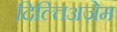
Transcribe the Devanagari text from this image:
दिल्तिअज़ेम